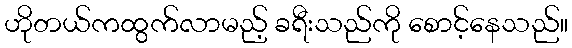
ဟိုတယ်ကထွက်လာမည့် ခရီးသည်ကို စောင့်နေသည်။